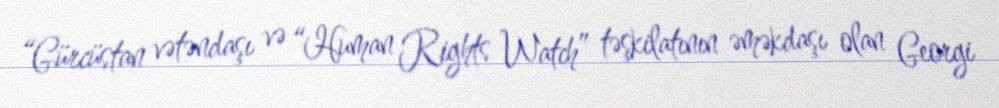
“Gürcüstan vətəndaşı və “Human Rights Watch” təşkilatının əməkdaşı olan Georgi